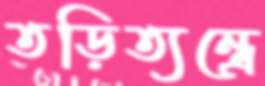
তড়িত্যন্ত্রে